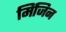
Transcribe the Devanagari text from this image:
मिंजिन